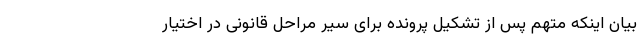
بیان اینکه متهم پس از تشکیل پرونده برای سیر مراحل قانونی در اختیار